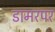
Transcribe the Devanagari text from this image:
डामरपर